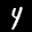
Label: 4